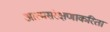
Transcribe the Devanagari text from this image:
आत्मसंरक्षणाकरिता